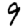
Digit: 9